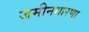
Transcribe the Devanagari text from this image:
जमीनधारणा